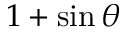
1 + \sin \theta